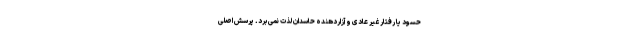
حسود یا رفتار غیر عادی و آزار‌دهنده حاسدان لذت نمی‌برد. پرسش اصلی